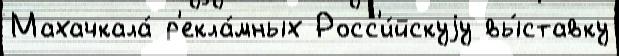
Махачкала́ р'екла́мных Росс'и́йскуjу вы́ставку